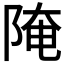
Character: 𨺍